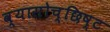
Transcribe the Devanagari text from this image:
व्यासोच्छिष्ट